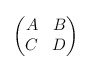
\begin{align*}\begin{pmatrix}A & B \\ C & D\end{pmatrix}\end{align*}